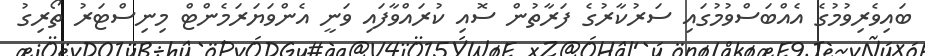
ބައިވެރިވުމުގެ އެއްބަސްވުމުގައި ސަރުކާރުގެ ފަރާތުން ސޮއި ކުރައްވާފައި ވަނީ އެންވަޔަރަމެންޓް މިނިސްޓަރު ތޯރިގު